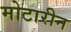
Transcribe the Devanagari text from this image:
मोटारीन